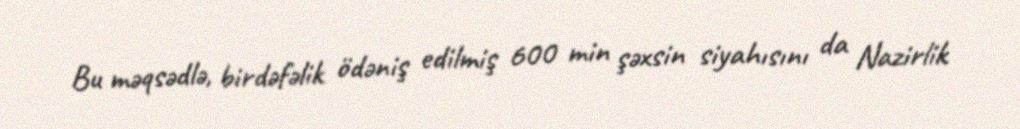
Bu məqsədlə, birdəfəlik ödəniş edilmiş 600 min şəxsin siyahısını da Nazirlik